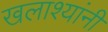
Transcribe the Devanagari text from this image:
खलाश्यांनी